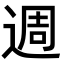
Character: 週